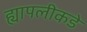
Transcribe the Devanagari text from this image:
ह्यापलीकडे